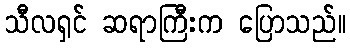
သီလရှင် ဆရာကြီးက ပြောသည်။